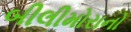
બીલીમોરાનો